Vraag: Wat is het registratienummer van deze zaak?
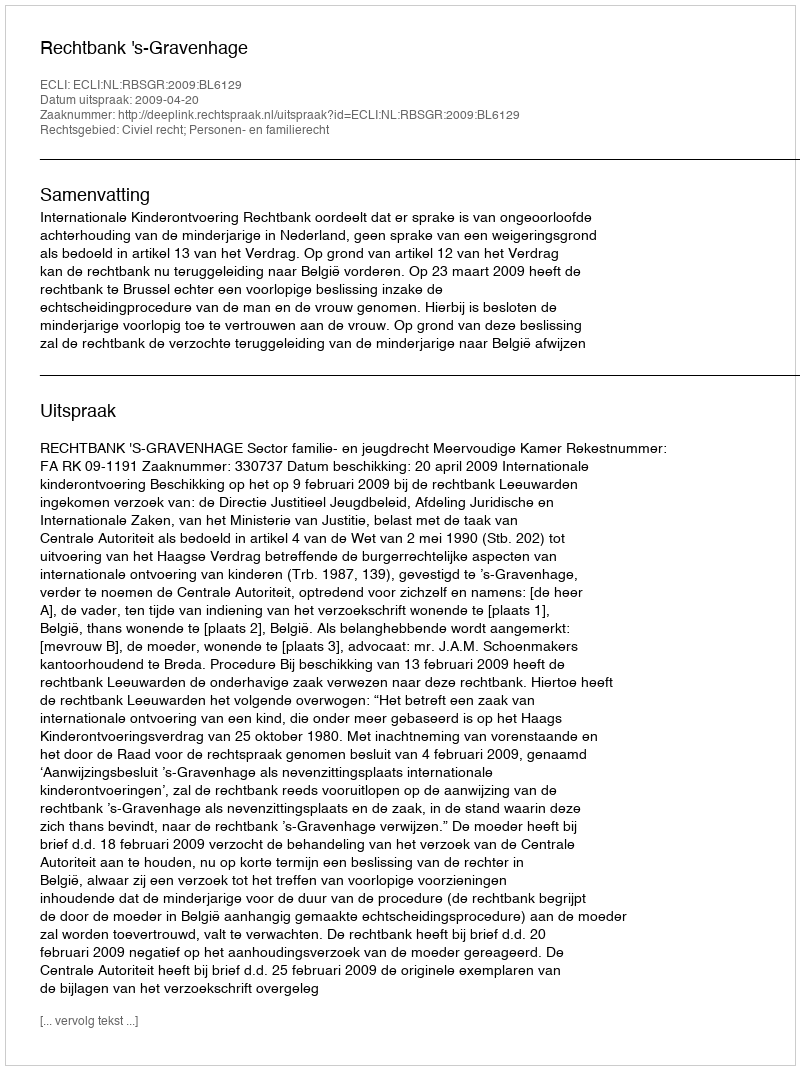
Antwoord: http://deeplink.rechtspraak.nl/uitspraak?id=ECLI:NL:RBSGR:2009:BL6129